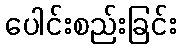
ပေါင်းစည်းခြင်း